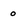
Character: 0